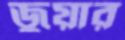
জুয়ার